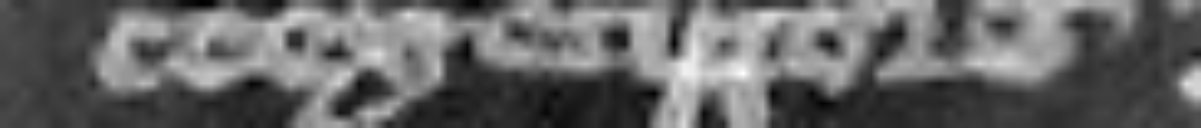
coexecutore